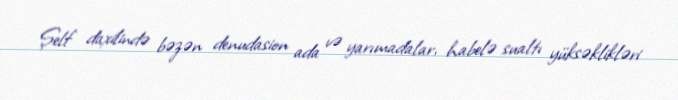
Şelf daxilində bəzən denudasion ada və yarımadalar, habelə sualtı yüksəklikləri